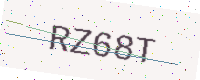
Text: RZ68T